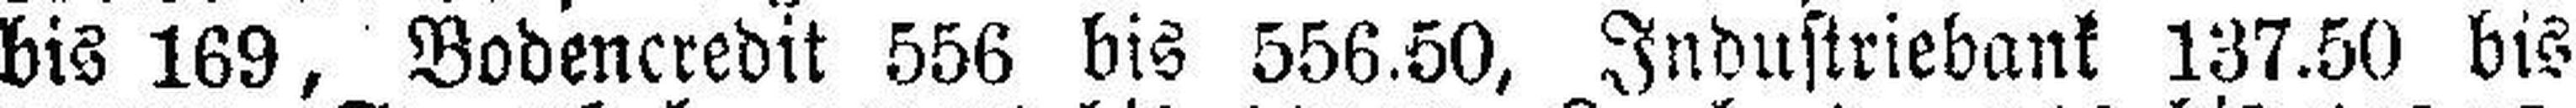
bis 169, Bodencredit 556 bis 556.50, Industriebank 137.50 bis